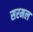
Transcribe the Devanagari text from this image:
सरमल